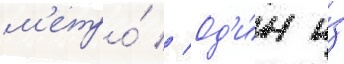
м'етро́ // Од'и́н и́з